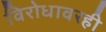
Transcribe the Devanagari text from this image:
विरोधावरही